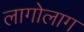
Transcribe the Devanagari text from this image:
लागोलाग